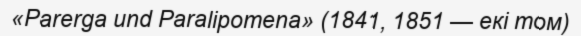
«Parerga und Paralipomena» (1841, 1851 — екі том)